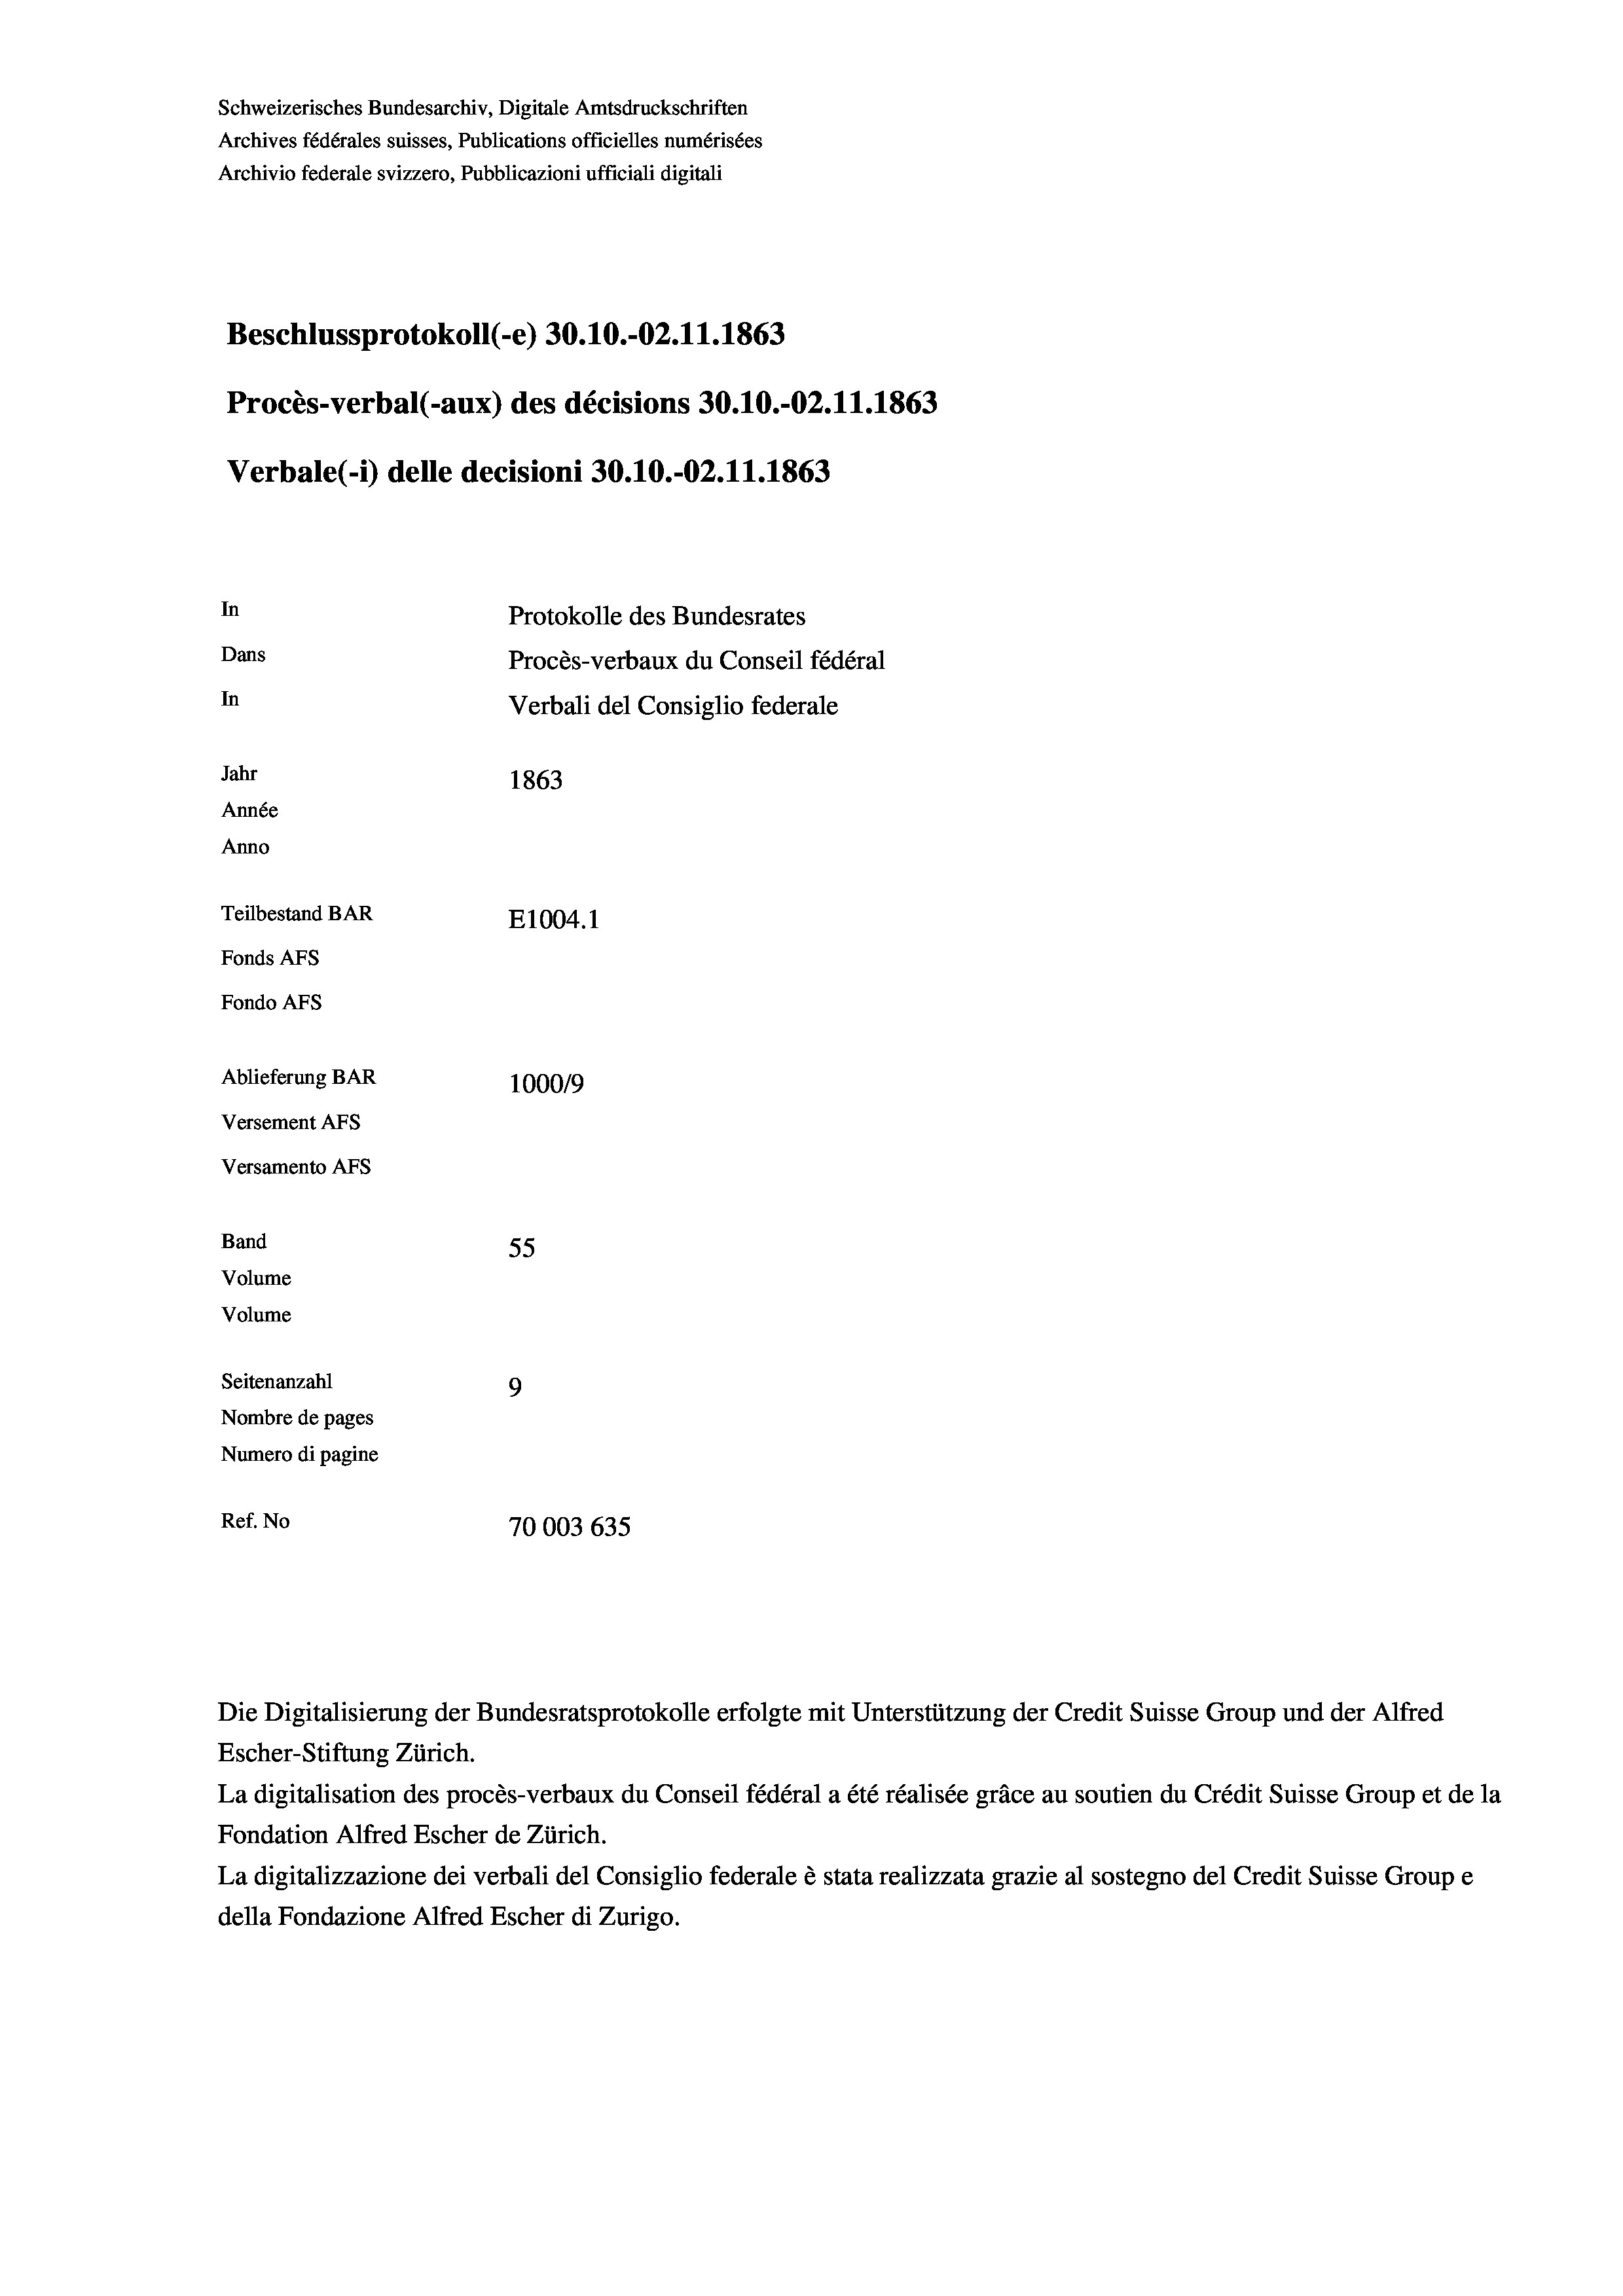
Schweizerisches Bundesarchiv, Digitale Amtsdruckschriften
Archives fédérales suisses, Publications officielles numérisées
Archivio federale svizzero, Pubblicazioni ufficiali digitali
Beschlussprotokoll (-e) 30.10.-02. 11. 1863
Procès-verbal (-aux) des décisions 30.10.-O2.11.1863
Verbale (- 1) delle decisioni 30.10.-O2.11.1863
In
Protokolle des Bundesrates
Dans
Procès-verbaux du Conseil fédéral
In
Verbali del Consiglio federale
Jahr
1863
Année
Anno
Teilbestand BAR
E1004.1
Fonds AFs
Fondo AFs
Ablieferung BAR
1000/9
Versement As
Versamento AFs
Band
55
Volume
Volume
Seitenanzahl
9
Nombre de pages
Numero di pagine
Ref. No
70003 635

Escher-Stiftung Zürich.
La digitalisation des procès-verbaux du Conseil fédéral a été réalisée gräce au soutien du Crédit Suisse Group et de la
Fondation Alfred Escher de Zürich.
La digitalizzazione dei verbali del Consiglio federale è stata realizzata grazie al sostegno del Credit Suisse Groupe
della Fondazione Alfred Escher di Zurigo.

Die Digitalisierung der Bundesratsprotokolle erfolgte mit Unterstützung der Credit Suisse Group und der Alfred